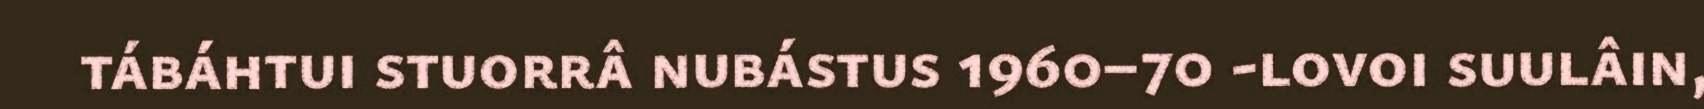
tábáhtui stuorrâ nubástus 1960–70 -lovoi suulâin,